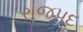
રાજપદ